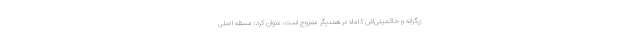
ی‌گرانه و حاکمیتی‌اش کاملا در همدیگر ممزوج است، عنوان کرد: مسئله اصلی